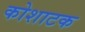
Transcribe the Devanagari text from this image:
कोशाटक